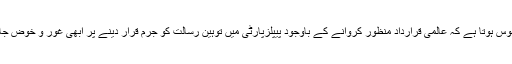
یوں محسوس ہوتا ہے کہ عالمی قرارداد منظور کروانے کے باوجود پیپلزپارٹی میں توہینِ رسالت کو جرم قرار دینے پر ابھی غور و خوض جاری ہے۔